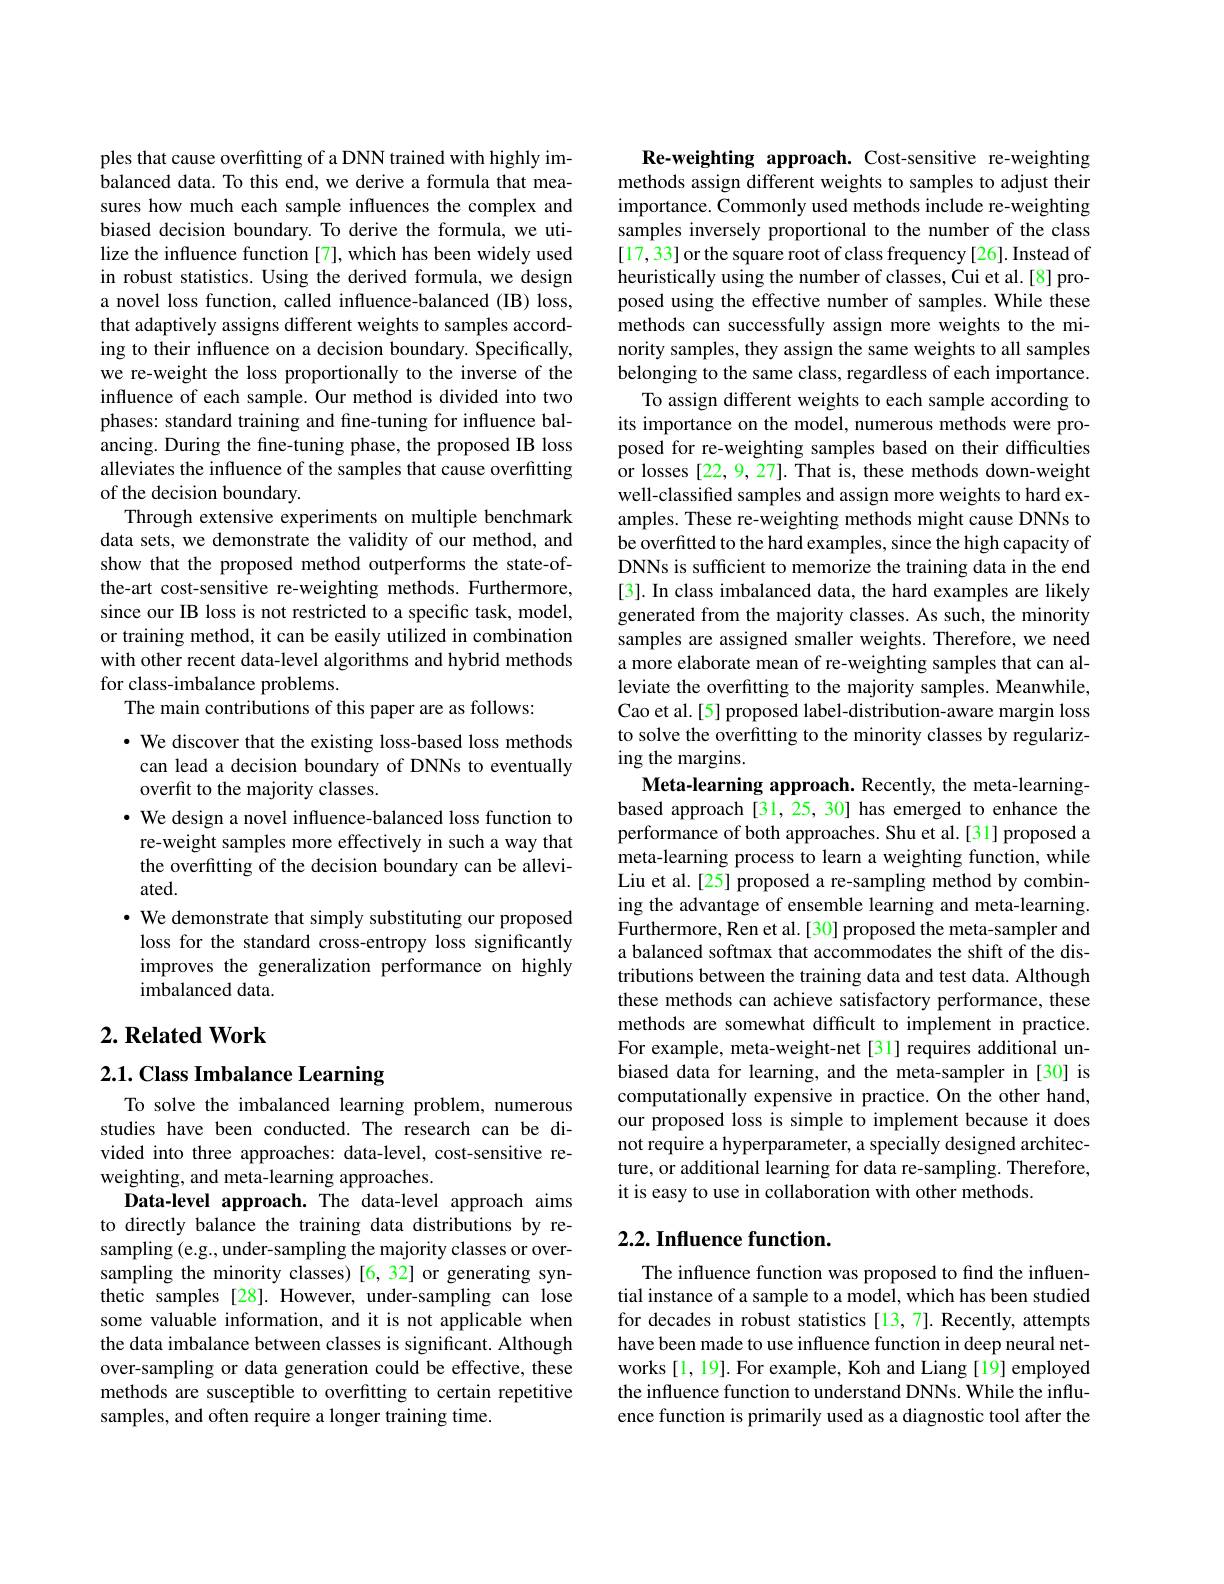
ples that cause overfitting of a DNN trained with highly imbalanced data. To this end, we derive a formula that measures how much each sample influences the complex and biased decision boundary. To derive the formula, we utilize the influence function [7], which has been widely used in robust statistics. Using the derived formula, we design a novel loss function, called influence-balanced (IB) loss, that adaptively assigns different weights to samples according to their influence on a decision boundary. Specifically, we re-weight the loss proportionally to the inverse of the influence of each sample. Our method is divided into two phases: standard training and fine-tuning for influence balancing. During the fine-tuning phase, the proposed IB loss alleviates the influence of the samples that cause overfitting of the decision boundary.
Through extensive experiments on multiple benchmark data sets, we demonstrate the validity of our method, and show that the proposed method outperforms the state-ofthe-art cost-sensitive re-weighting methods. Furthermore, since our IB loss is not restricted to a specific task, model, or training method, it can be easily utilized in combination with other recent data-level algorithms and hybrid methods for class-imbalance problems.
The main contributions of this paper are as follows:
$\cdot$ We discover that the existing loss-based loss methods can lead a decision boundary of DNNs to eventually overfit to the majority classes.
· We design a novel influence-balanced loss function to re-weight samples more effectively in such a way that the overfitting of the decision boundary can be alleviated.
· We demonstrate that simply substituting our proposed
loss for the standard cross-entropy loss significantly improves the generalization performance on highly imbalanced data.

## $2. \textbf{Related Work}$

2.1. Class Imbalance Learning

To solve the imbalanced learning problem, numerous studies have been conducted. The research can be divided into three approaches: data-level, cost-sensitive reweighting, and meta-learning approaches.
Data-level approach. The data-level approach aims to directly balance the training data distributions by resampling (e.g., under-sampling the majority classes or oversampling the minority classes) [6,32] or generating synthetic samples [28]. However, under-sampling can lose some valuable information, and it is not applicable when the data imbalance between classes is significant. Although over-sampling or data generation could be effective, these methods are susceptible to overfitting to certain repetitive samples, and often require a longer training time.

Re-weighting approach. Cost-sensitive re-weighting methods assign different weights to samples to adjust their importance. Commonly used methods include re-weighting samples inversely proportional to the number of the class [17, 33] or the square root of class frequency [26]. Instead of heuristically using the number of classes, Cui et al.[8] proposed using the effective number of samples. While these methods can successfully assign more weights to the minority samples, they assign the same weights to all samples belonging to the same class, regardless of each importance.
To assign different weights to each sample according to its importance on the model, numerous methods were proposed for re-weighting samples based on their difficulties or losses [22, 9, 27]. That is, these methods down-weight well-classified samples and assign more weights to hard examples. These re-weighting methods might cause DNNs to be overfitted to the hard examples, since the high capacity of DNNs is sufficient to memorize the training data in the end [3]. In class imbalanced data, the hard examples are likely generated from the majority classes. As such, the minority samples are assigned smaller weights. Therefore, we need a more elaborate mean of re-weighting samples that can alleviate the overfitting to the majority samples. Meanwhile, Cao et al.[5] proposed label-distribution-aware margin loss to solve the overfitting to the minority classes by regularizing the margins.
Meta-learning approach. Recently, the meta-learningbased approach [31,25,30] has emerged to enhance the performance of both approaches. Shu et al.[31] proposed a meta-learning process to learn a weighting function, while Liu et al.[25] proposed a re-sampling method by combining the advantage of ensemble learning and meta-learning. Furthermore, Ren et al.[30] proposed the meta-sampler and a balanced softmax that accommodates the shift of the distributions between the training data and test data. Although these methods can achieve satisfactory performance, these methods are somewhat difficult to implement in practice. For example, meta-weight-net[31] requires additional unbiased data for learning, and the meta-sampler in [30] is computationally expensive in practice. On the other hand, our proposed loss is simple to implement because it does not require a hyperparameter, a specially designed architecture, or additional learning for data re-sampling. Therefore, it is easy to use in collaboration with other methods.
$2. 2. \textbf{ Influence function. }$

The influence function was proposed to find the influential instance of a sample to a model, which has been studied for decades in robust statistics [13,7]. Recently, attempts have been made to use influence function in deep neural networks [1, 19]. For example, Koh and Liang [19] employed the influence function to understand DNNs. While the influence function is primarily used as a diagnostic tool after the